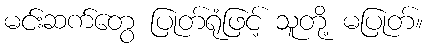
မင်းဆက်တွေ ပြုတ်ရုံဖြင့် သူတို့ မပြုတ်။